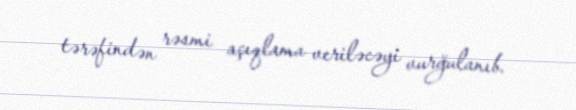
tərəfindən rəsmi açıqlama veriləcəyi vurğulanıb.